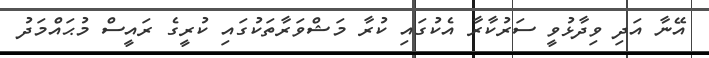
އޭނާ އަދި ވިދާޅުވީ ސަރުކާރާ އެކުގައި ކުރާ މަޝްވަރާތަކުގައި ކުރީގެ ރައީސް މުޙައްމަދު